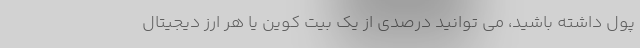
پول داشته باشید، می توانید درصدی از یک بیت کوین یا هر ارز دیجیتال